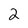
Character: 2